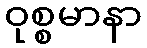
ဝုစ္စမာနာ